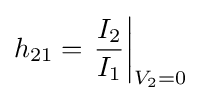
h_{21}=\left.{\frac {I_{2}}{I_{1}}}\right|_{V_{2}=0}